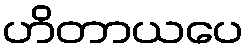
ဟိတာယပေ